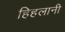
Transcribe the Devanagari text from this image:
हिहलानी